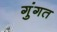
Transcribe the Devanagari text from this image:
गुंगत